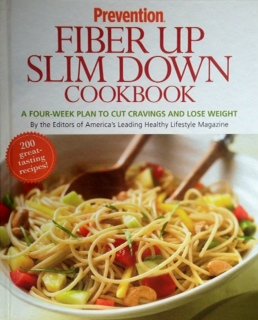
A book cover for Prevention Fiber Up Slim Down Cookbook: A Four-Week Plan to Cut Cravings and Lose Weight; Health, Fitness & Dieting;